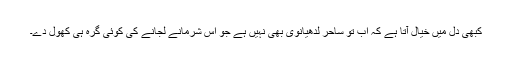
کبھی دل میں خیال آتا ہے کہ اب تو ساحر لدھیانوی بھی نہیں ہے جو اس شرمانے لجانے کی کوئی گرہ ہی کھول دے۔